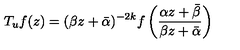
T _ { u } f ( z ) = ( \beta z + \bar { \alpha } ) ^ { - 2 k } f \left( \frac { \alpha z + \bar { \beta } } { \beta z + \bar { \alpha } } \right)